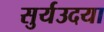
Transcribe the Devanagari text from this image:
सुर्यउदया